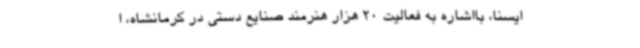
ایسنا، بااشاره به فعالیت 20 هزار هنرمند صنایع دستی در کرمانشاه، ا